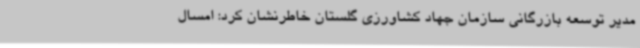
مدیر توسعه بازرگانی سازمان جهاد کشاورزی گلستان خاطرنشان کرد: امسال